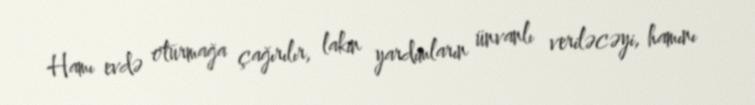
Hamı evdə oturmağa çağırılır, lakin yardımların ünvanlı veriləcəyi, hamını